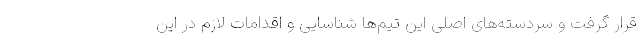
قرار گرفت و سردسته‌های اصلی این تیم‌ها شناسایی و اقدامات لازم در این